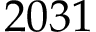
2 0 3 1